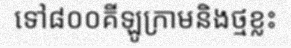
ទៅ៨០០គីឡូក្រាមនិងថ្មខ្លះ